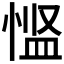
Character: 𪬌